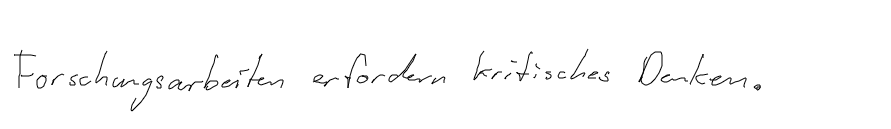
Forschungsarbeiten erfordern kritisches Denken.